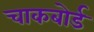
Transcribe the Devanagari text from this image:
चाकबोर्ड